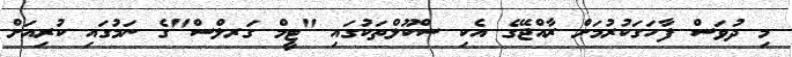
މި ދުވަސް ފާހަގަކުރުމަށް ރާއްޖޭގެ އެކި ސްކޫލްތަކުގައި "ޓީމް ގަރލްސް"ގެ ނަމުގައި ކުރިއަށް